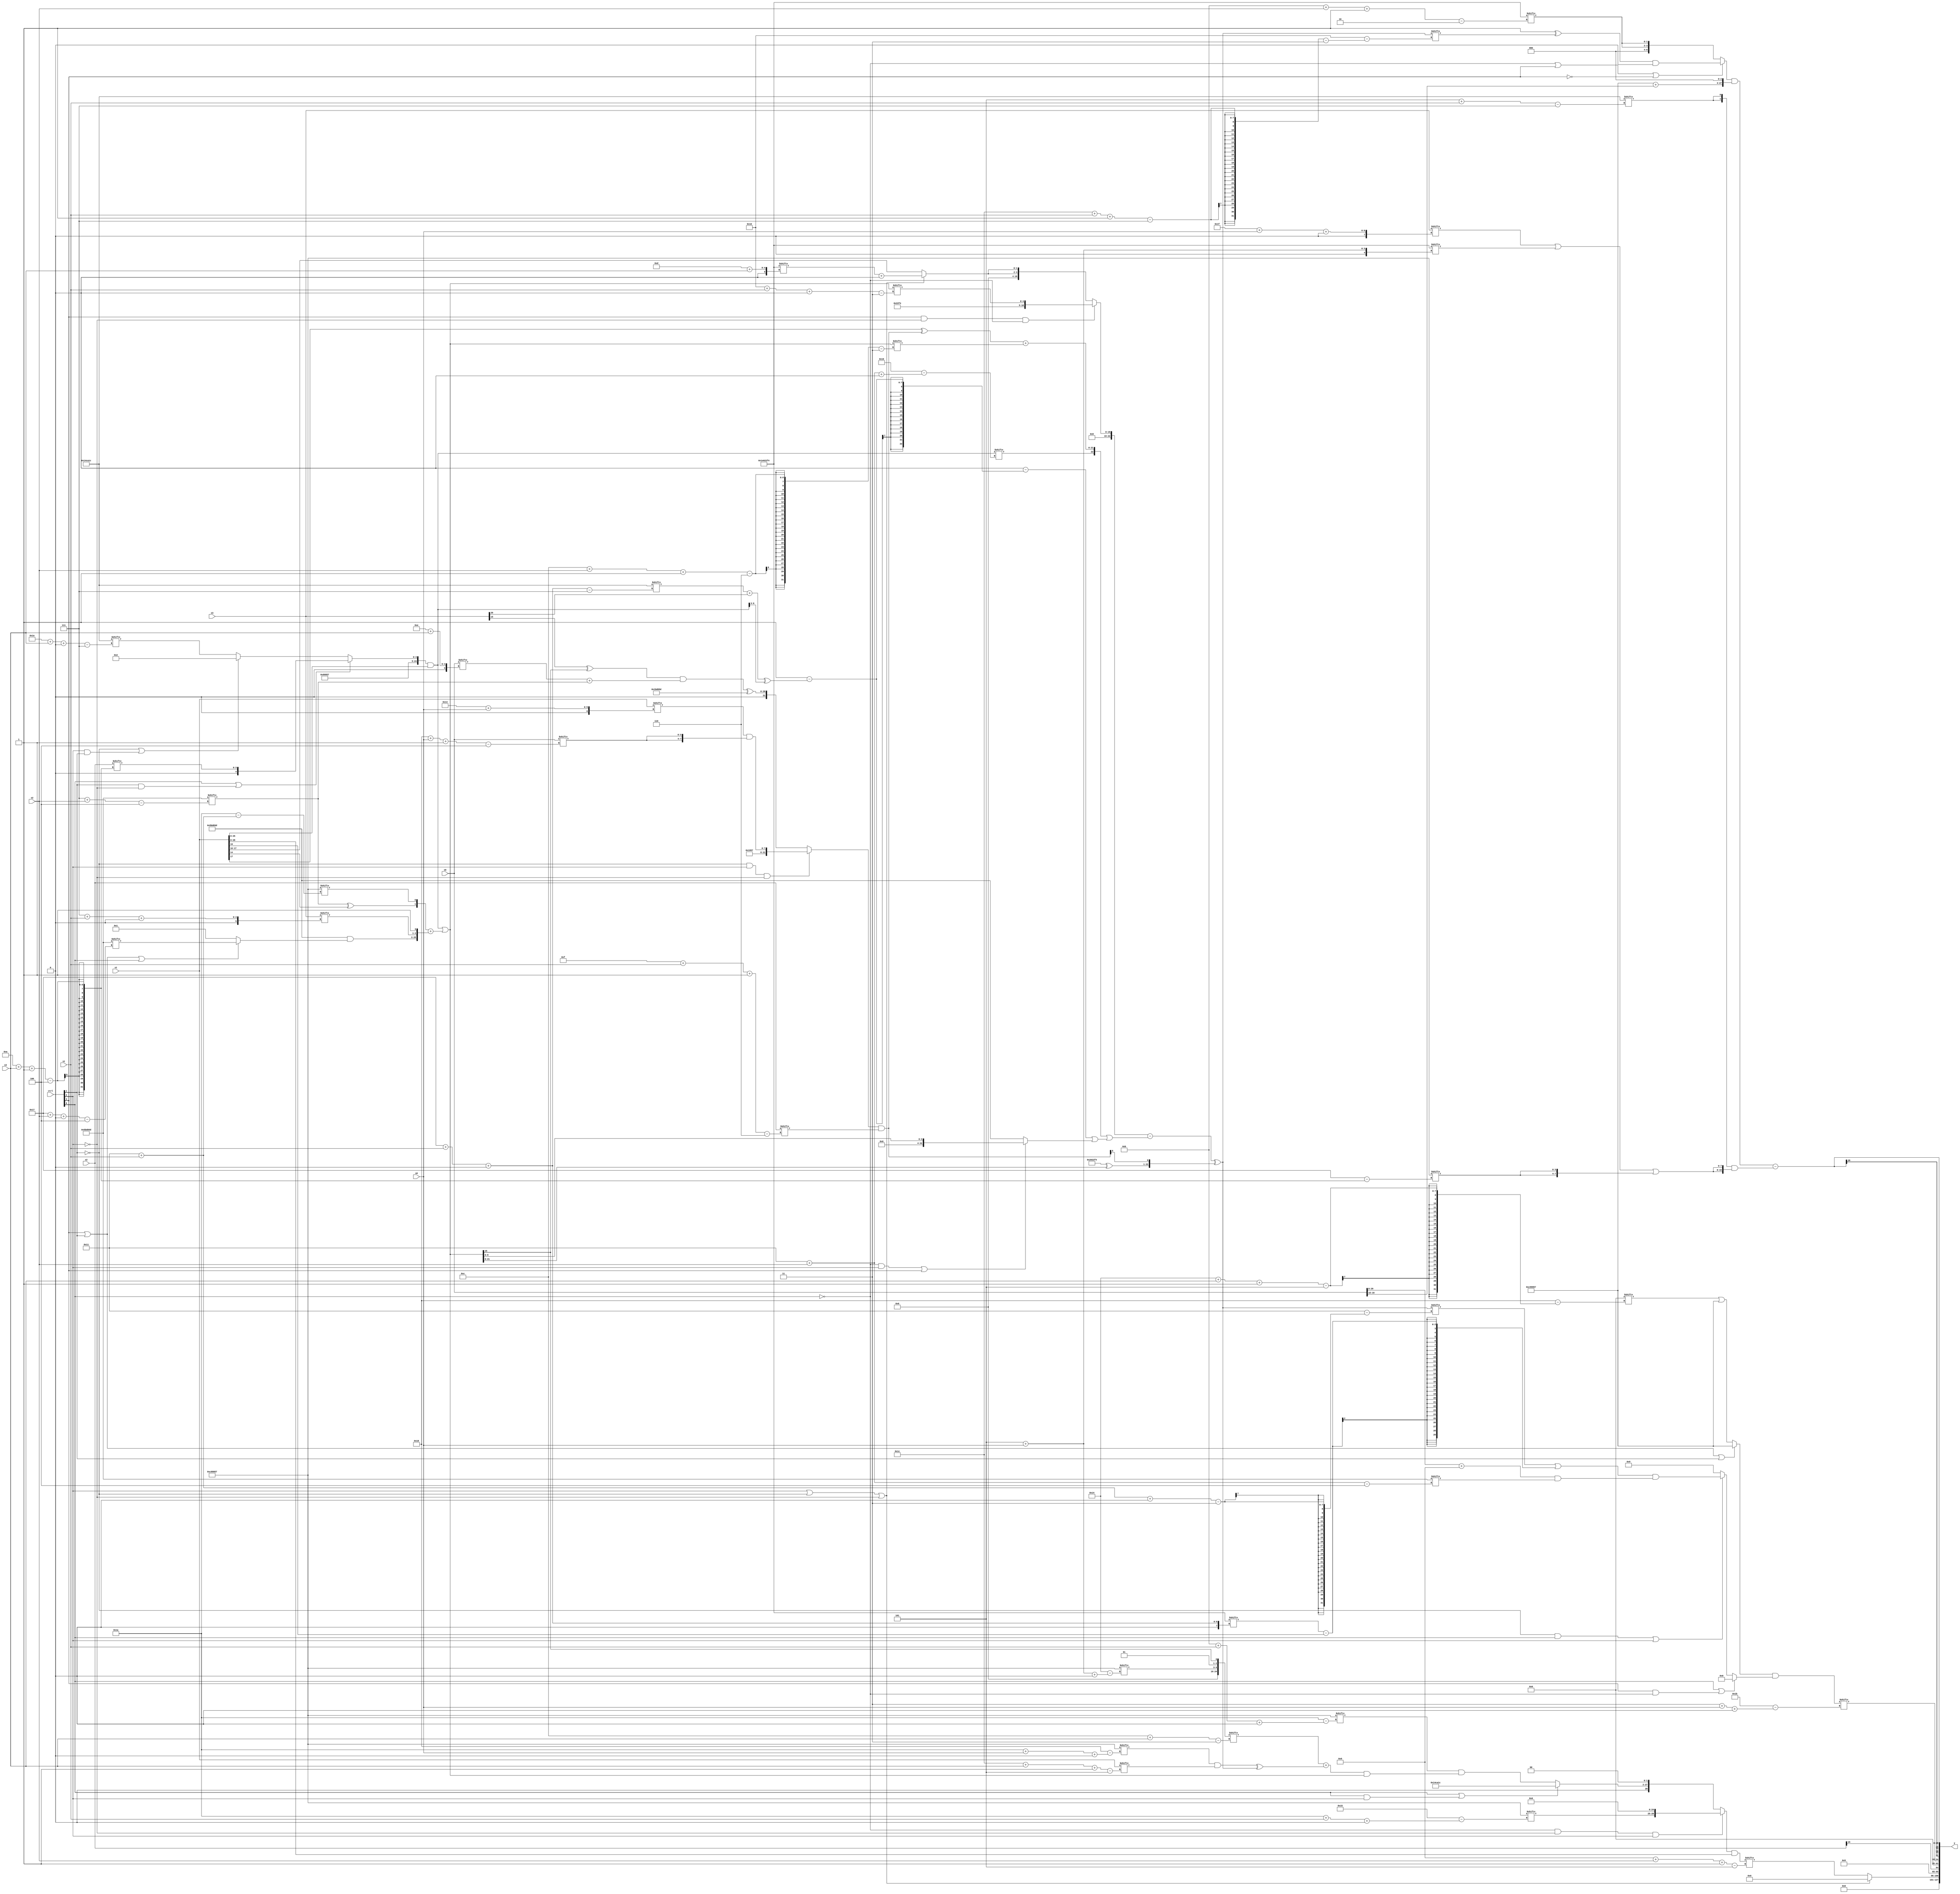
module partsel_00194(ctrl, s0, s1, s2, s3, x0, x1, x2, x3, y);
  input [3:0] ctrl;
  input [2:0] s0;
  input [2:0] s1;
  input [2:0] s2;
  input [2:0] s3;
  input [31:0] x0;
  input signed [31:0] x1;
  input [31:0] x2;
  input signed [31:0] x3;
  wire [0:25] x4;
  wire [3:25] x5;
  wire signed [28:3] x6;
  wire [0:28] x7;
  wire [25:4] x8;
  wire signed [3:25] x9;
  wire signed [31:2] x10;
  wire signed [1:27] x11;
  wire signed [27:3] x12;
  wire [0:29] x13;
  wire signed [28:0] x14;
  wire [5:30] x15;
  output [127:0] y;
  wire [31:0] y0;
  wire [31:0] y1;
  wire signed [31:0] y2;
  wire [31:0] y3;
  assign y = {y0,y1,y2,y3};
  localparam [28:4] p0 = 677105757;
  localparam signed [24:0] p1 = 232792820;
  localparam [0:26] p2 = 147429719;
  localparam signed [27:7] p3 = 160746012;
  assign x4 = {2{({p2, (ctrl[0] || ctrl[1] && !ctrl[2] ? x2[10 + s3 -: 4] : (!ctrl[1] || ctrl[2] && ctrl[1] ? p2[19 +: 3] : p3[30 + s3 +: 5]))} & x1)}};
  assign x5 = {x1[15], ({2{({2{x0[21 + s0 -: 1]}} & (p1 | x1[22 + s0 -: 8]))}} + {x1[15], (x4[14 + s2 +: 8] - x0[24 + s0 -: 8])})};
  assign x6 = (x4 | ({(p0[7 + s2] ^ x1[14]), p2[17 + s1]} + {(p0 & (ctrl[3] || ctrl[1] || ctrl[0] ? p0[23 + s2 +: 8] : p1[16 -: 4])), {x3[7 + s1 +: 2], p0[21]}}));
  assign x7 = {2{p2[16 +: 1]}};
  assign x8 = ((!ctrl[1] && ctrl[2] && !ctrl[2] ? {p2, (x1[19 + s0] & {2{x0[24 + s0 -: 4]}})} : (((x3[15 -: 1] ^ x6[18 +: 1]) & (x0[14 + s3] + p0[7 + s2])) ^ p0)) & x2[15 + s1 -: 6]);
  assign x9 = (((ctrl[3] && !ctrl[2] && !ctrl[0] ? {((x0[12 + s1 -: 6] - ((x3 - p3) + x3)) & x1[11 + s3]), {p1, x6[16 + s1 +: 5]}} : {2{(ctrl[2] || !ctrl[1] || !ctrl[2] ? (p1[13 + s3] + p3[8]) : x1[16 +: 2])}}) - ({x4[17 + s2 +: 4], ((x1[17] ^ x8) + x6[12 + s2 -: 6])} | ((x7[18 +: 1] - (p1[23 -: 1] - ((p3[23 + s1 +: 6] + x3[20]) ^ x4[22 -: 4]))) | (!ctrl[0] && ctrl[2] || ctrl[3] ? x6[12 -: 4] : p0)))) ^ {x5[11 + s1], {(p1 ^ x6), x8[13 -: 1]}});
  assign x10 = (p3[17] - {x7[9], (p1[25 + s0 -: 5] & {(p2[19] | x9[11 + s1 +: 8]), (((x7[22 + s3 -: 7] & p0[8 +: 4]) & x5) + x9[1 + s2 -: 3])})});
  assign x11 = ((x0 | x7[17]) | x6[20 -: 2]);
  assign x12 = {p2[5 + s0 +: 7], {p2[19 +: 2], x6[18]}};
  assign x13 = ((ctrl[3] || ctrl[1] || ctrl[1] ? p2 : (x7[20 + s3 -: 5] | p2)) & (ctrl[0] || ctrl[3] && !ctrl[0] ? x7[22 -: 3] : (!ctrl[1] && ctrl[0] || ctrl[2] ? ((x9[17 + s1 +: 6] | (p1[23 + s1 +: 2] - x1[19 +: 1])) & ((x0 + p2[14 -: 4]) & p0[17 + s2])) : p2[18 -: 4])));
  assign x14 = ({2{(!ctrl[0] && !ctrl[2] && ctrl[2] ? {{x2[13 + s1], p2[26 + s1 +: 6]}, (x12[23 -: 3] & (p0[23 -: 1] | p1))} : {(ctrl[0] || ctrl[0] && ctrl[2] ? p3 : (p2[11 + s1 +: 1] & ((x12[12 + s3] + ((p2[26 + s0 +: 3] & x1[28 + s3 -: 5]) ^ x9)) & x6))), ((p0[13] & x12[10 +: 1]) + p3[12 +: 2])})}} & x1);
  assign x15 = p0[19 -: 3];
  assign y0 = (!ctrl[1] || ctrl[2] || !ctrl[2] ? p1[14 +: 2] : x14[9 + s2 -: 5]);
  assign y1 = {p3[19 -: 4], x2[15]};
  assign y2 = x13[3 + s0 +: 3];
  assign y3 = ({2{((!ctrl[0] || ctrl[3] || !ctrl[3] ? ((p1[13 +: 4] ^ x9[28 + s1 -: 7]) & (p3 ^ p3)) : {2{p1[11 + s2 -: 2]}}) & {2{{(p2 + x0[16 -: 2]), p0[11 +: 3]}}})}} - ({2{p3[5 + s1]}} & {2{((x3[31 + s0 +: 7] | p1[5 + s0]) | {2{p2[10 + s3 -: 4]}})}}));
endmodule